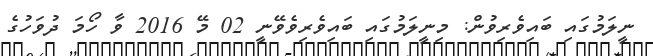
ނީލަމުގައި ބައިވެރިވުން: މިނީލަމުގައި ބައިވެރިވެވޭނީ 02 މޭ 2016 ވާ ހޯމަ ދުވަހުގެ